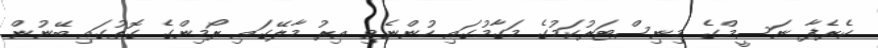
ކެރެފާ ނަސީމްގެ މިނިސްޓަރުކަމުގެ މަގާމުގައި ހުންނެވި އިރު މާލޭގައި ރޯމިންގެ ގޮތުގައި ބޭނުން